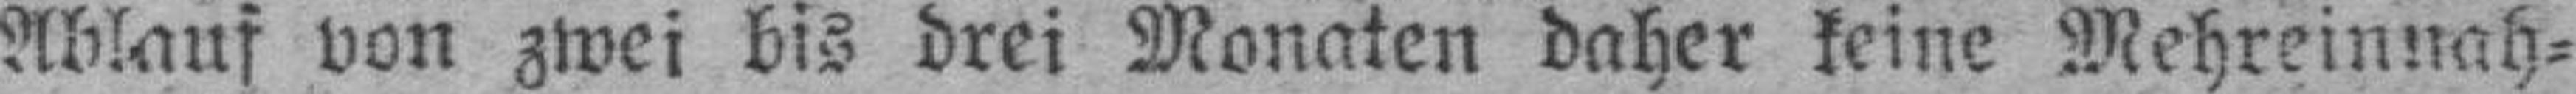
Ablauf von zwei bis drei Monaten daher keine Mehreinnah¬